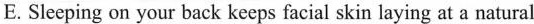
E. Sleeping on your back keeps facial skin laying at a natural